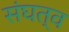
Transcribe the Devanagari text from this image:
संघत्व